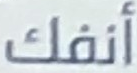
أنفك